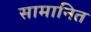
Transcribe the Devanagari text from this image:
सामानित